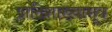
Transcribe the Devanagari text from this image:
प्रातिशाख्यासूत्र